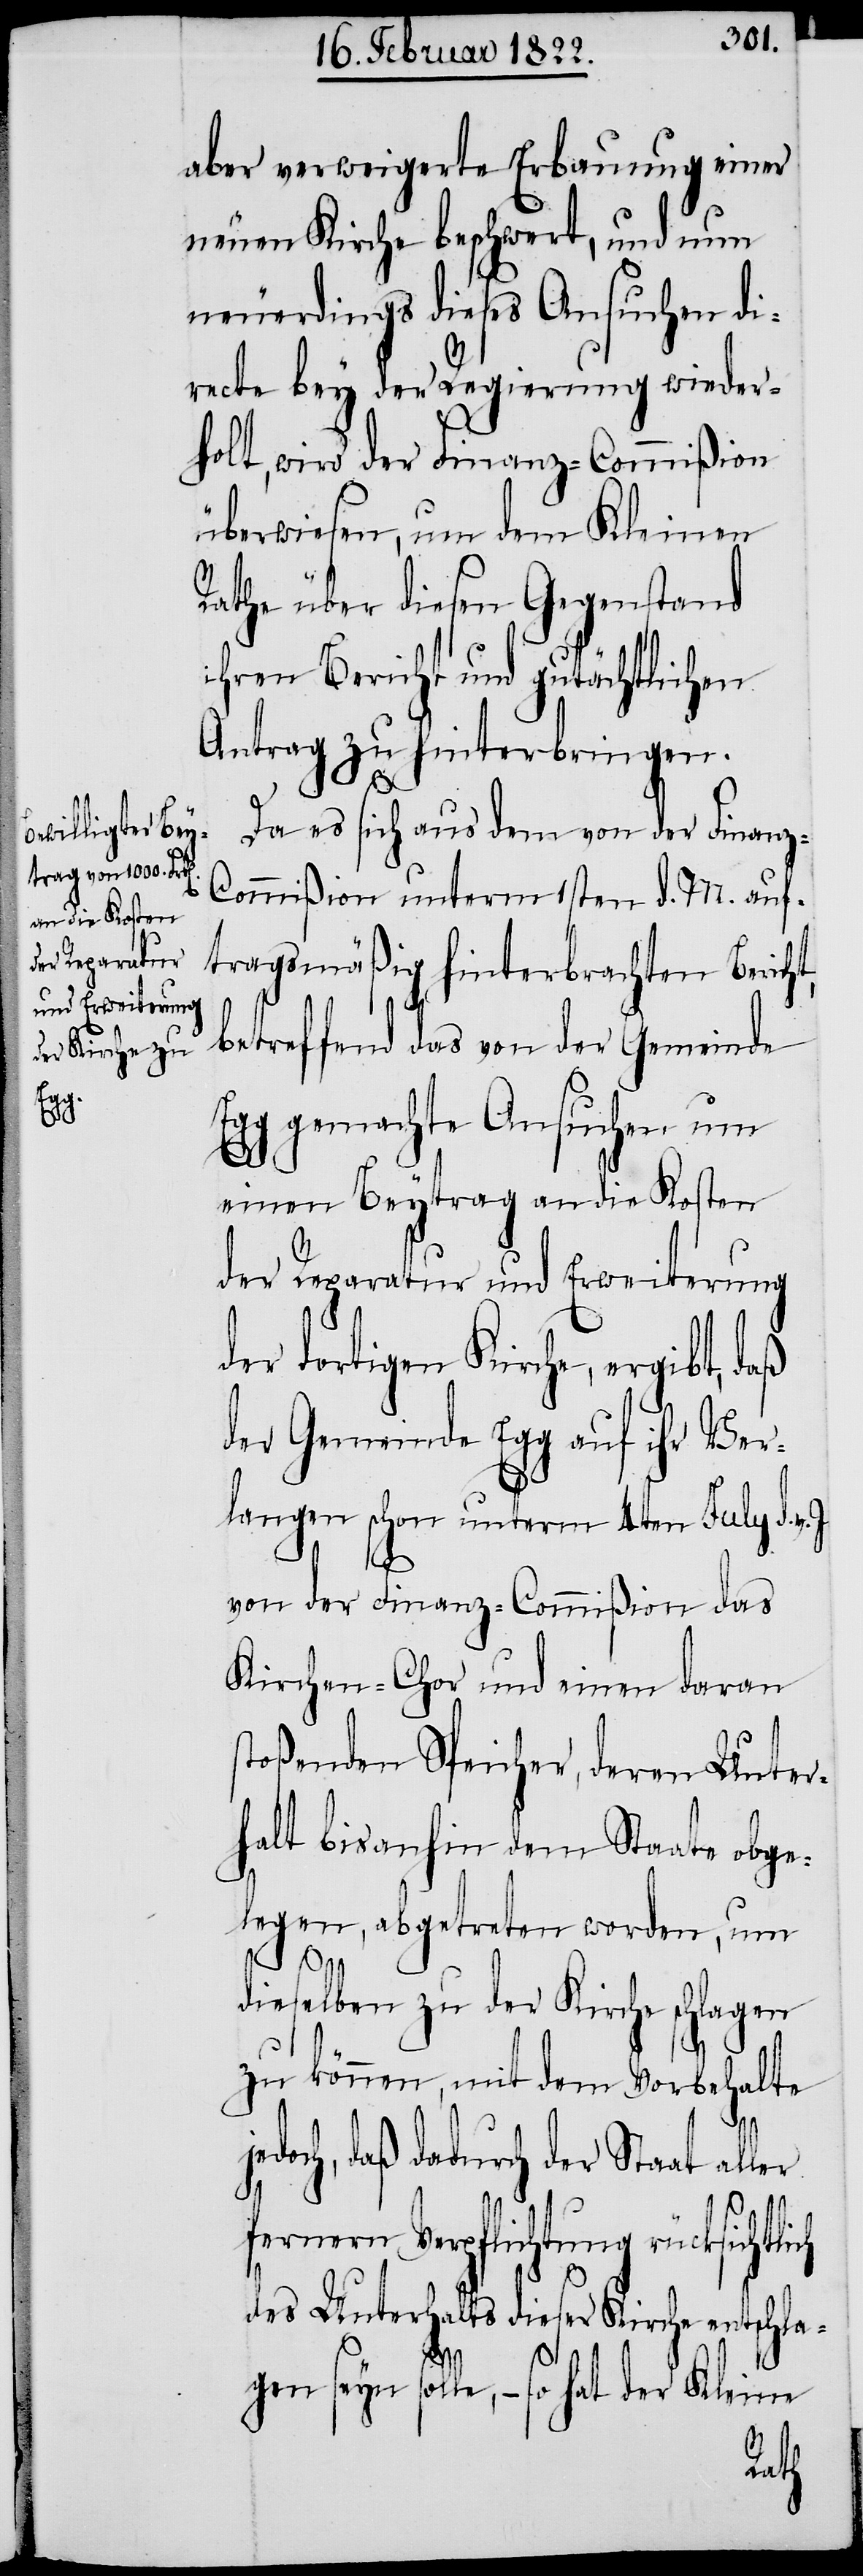
je¬

aber verweigerte Erbauung einer
neuen Kirche beschwert, und nun
neuerdings dieses Ansuchen di¬
recte bey der Regierung wieder¬
holt, wird der Finanz-Commißion
überwiesen, um dem Kleinen
Rathe über diesen Gegenstand
ihren Bericht und gutächtlichen
Antrag zu hinterbringen.
Da es sich dem von der Finan¬
ommißion unterm 1sten d. M. auf¬
tragsgemäß hinterbrachten Bericht,
betreffend das von der Gemeinde
gemachte Ansuchen um
einen Beytrag an die Kosten
der Reparatur und Erweiterung
der dortigen Kirche, ergibt, daß
der Gemeinde Egg auf ihr Ver¬
langen schon unterm 4ten July d. v.
J.
von der Finanz-Commißion das
Kirchen-Chor und einen daran
toßenden Speicher, deren Unter¬
halt bis anhin dem Staate obge¬
legen, abgetreten worden, um
dieselben zu der Kirche schlagen
zu können, mit dem Vorbehalte
doch, daß dadurch der Staat al¬
ler
fernern Verpflichtung rücksichtl¬
des Unterhalts dieser Kirche entschla¬
s¬
gen seyn solle, – so hat der Kleine
ich